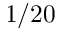
1 / 2 0